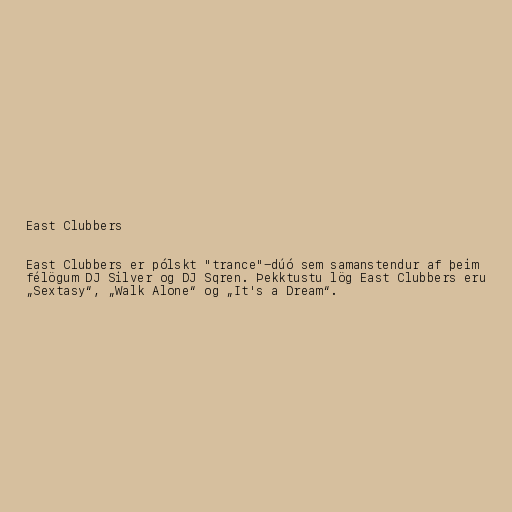
East Clubbers

East Clubbers er pólskt "trance"-dúó sem samanstendur af þeim
félögum DJ Silver og DJ Sqren. Þekktustu lög East Clubbers eru
„Sextasy“, „Walk Alone“ og „It's a Dream“.